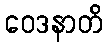
ဝေဒနာတိ